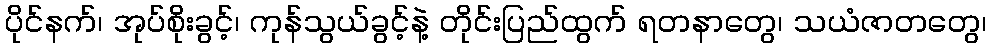
ပိုင်နက်၊ အုပ်စိုးခွင့်၊ ကုန်သွယ်ခွင့်နဲ့ တိုင်းပြည်ထွက် ရတနာတွေ၊ သယံဇာတတွေ၊